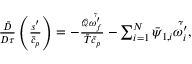
\begin{array} { r } { \frac { \bar { D } } { D \tau } \left( \frac { s ^ { \prime } } { \bar { c } _ { p } } \right) = - \frac { \mathcal { Q } \tilde { \dot { \omega _ { f } ^ { \prime } } } } { \bar { T } \bar { c } _ { p } } - \sum _ { i = 1 } ^ { N } \bar { \psi } _ { 1 , i } \tilde { \dot { \omega _ { i } ^ { \prime } } } , } \end{array}